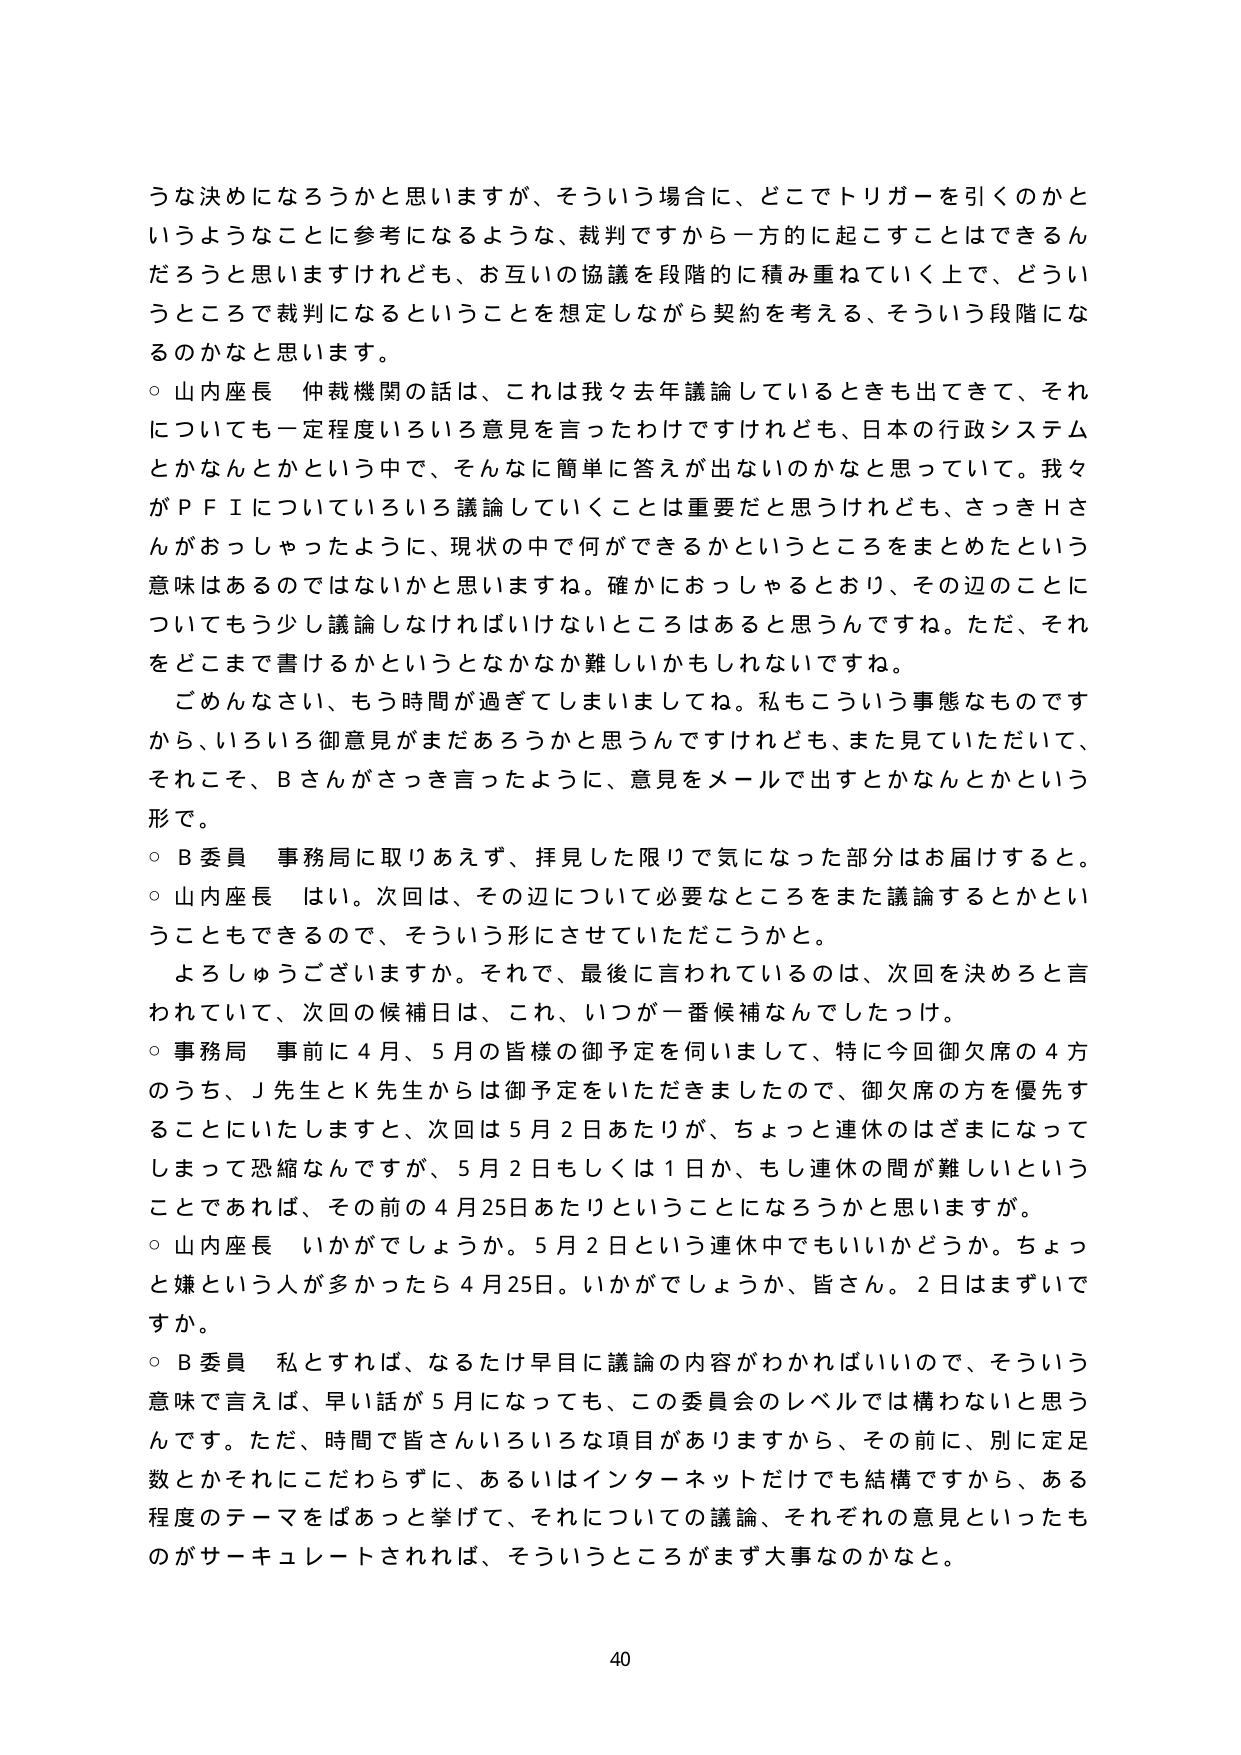
うな決めになろうかと思いますが、そういう場合に、どこでトリガーを引くのかと
いうようなことに参考になるような、裁判ですから一方的に起こすことはできるん
だろうと思いますけれども、お互いの協議を段階的に積み重ねていく上で、どうい
うところで裁判になるということを想定しながら契約を考える、そういう段階にな
るのかなと思います。
○ 山内座長 仲裁機関の話は、これは我々去年議論しているときも出てきて、それ
についても一定程度いろいろ意見を言ったわけですけれども、日本の行政システム
とかなんとかという中で、そんなに簡単に答えが出ないのかなと思っていて。我々
がＰＦＩについていろいろ議論していくことは重要だと思うけれども、さっきＨさ
んがおっしゃったように、現状の中で何ができるかというところをまとめたという
意味はあるのではないかと思いますね。確かにおっしゃるとおり、その辺のことに
ついてもう少し議論しなければいけないところはあると思うんですね。ただ、それ
をどこまで書けるかというとなかなか難しいかもしれませんね。
　ごめんなさい、もう時間が過ぎてしまいましたね。私もこういう事態なものです
から、いろいろ御意見がまだあろうかと思うんですけれども、また見ていただいて、
それこそ、Ｂさんがさっき言ったように、意見をメールで出すとかなんとかという
形で。
○ Ｂ委員 事務局に取りあえず、拝見した限りで気になった部分はお届けすると。
○ 山内座長 はい。次回は、その辺について必要なところをまた議論するとかとい
うこともできるので、そういう形にさせていただこうか。
　よろしうございますか。それで、最後に言われているのは、次回を決めろと言
われていて、次回の候補日は、これ、いつが一番候補なんでしたっけ。
○ 事務局 事前に４月、５月の皆様の御予定を伺いまして、特に今回御欠席の４方
のうち、Ｊ先生とＫ先生からは御予定をいただきましたので、御欠席の方を優先す
ることにいたしますと、次回は５月２日あたりが、ちょっと連休のはざまになって
しまって恐縮なんですが、５月２日もしくは１日か、もし連休の間が難しいという
ことであれば、その前の４月25日あたりということになろうかと思いますが。
○ 山内座長 いかがでしょうか。５月２日という連休中でもいいかどうか。ちょっと
嫌という人が多かったら４月25日。いかがでしょうか、皆さん。２日はまずいで
すか。
○ Ｂ委員 私とすれば、なるたけ早目に議論の内容がわかればいいので、そういう
意味で言えば、早い話が５月になっても、この委員会のレベルでは構わないと思う
んです。ただ、時間で皆さんいろいろな項目がありますから、その前に、別に定足
数とかそれにこだわらずに、あるいはインターネットだけでも結構ですから、ある
程度のテーマをぱあっと挙げて、それについての議論、それぞれの意見といったも
のがサーキュレートされれば、そういうところがまず大事なのかなと。

40